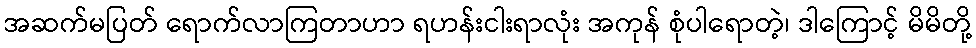
အဆက်မပြတ် ရောက်လာကြတာဟာ ရဟန်းငါးရာလုံး အကုန် စုံပါရောတဲ့၊ ဒါကြောင့် မိမိတို့